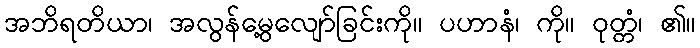
အဘိရတိယာ၊ အလွန်မွေ့လျော်ခြင်းကို။ ပဟာနံ၊ ကို။ ဝုတ္တံ၊ ၏။